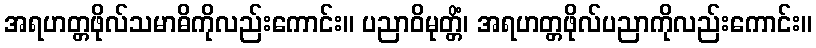
အရဟတ္တဖိုလ်သမာဓိကိုလည်းကောင်း။ ပညာဝိမုတ္တိံ၊ အရဟတ္တဖိုလ်ပညာကိုလည်းကောင်း။